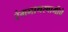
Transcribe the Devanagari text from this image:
रंगनाथस्वामीचे